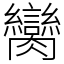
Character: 臠